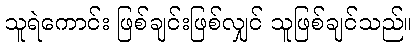
သူရဲကောင်း ဖြစ်ချင်းဖြစ်လျှင် သူဖြစ်ချင်သည်။